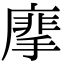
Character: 𢳁